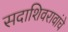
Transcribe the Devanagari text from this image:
सदाशिवरावांचे